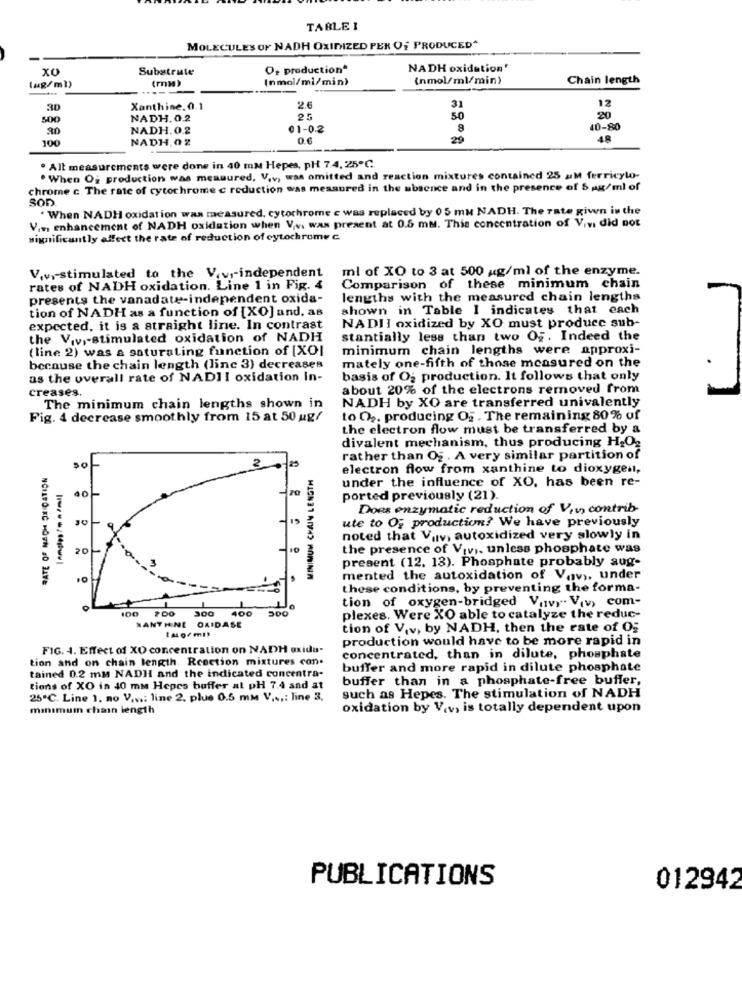
TABLE I
MOLECULES OF NADH OXIDIZED PER Of PRODUCED^
XO
Substrate
O, production*
NADH oxidation'
(mm)
(nmol/ml/min)
(nmol/ml/min)
Chain length
(ug/ml)
30
Xanthine. 0.1
2.6
31
12
500
NADH. 0.2
25
50
20
30
NADH.0.2
01-0.2
8
40-80
100
NADH, 02
0.6
29
48
. Alt measurements were done in 40 mm Hepes, pH 7.4, 25℃
. When Og production was measured. V.v, was omitted and reaction mixtures contained 25 aM ferricylo-
chrome c The rate of cytochrome c reduction was measured in the absence and in the presence of 5 g/ml of
.When NADH oxidation was measured, cytochrome c was replaced by 05 mu NADH. The rate giwn in the
V.w. enhancement of NADH oxidation when V.v. was present at 0.5 mm. This concentration of Vivi did not
significantly affect the rate of reduction of cytochrome c
ml of XO to 3 at 500 g/ml of the enzyme.
V.v .- stimulated to the V.vr-independent
rates of NADH oxidation. Line 1 in Fig. 4
Comparison of these minimum chain
presents the vanadate-independent oxida-
lengths with the measured chain lengths
tion of NADH as a function of [XO] and, as
shown in Table 1 indicates that each
expected, it is a straight line. In contrast
NADII oxidized by XO must produce sub-
the V.v .- stimulated oxidation of NADH
stantially less than two Og. Indeed the
(line 2) was a saturating function of [XOI
minimum chain lengths were approxi-
mately one-fifth of those measured on the
because the chain length (linc 3) decreases
as the overall rate of NADII oxidation in-
basis of O; production. It follows that only
creases.
about 20% of the electrons removed from
NADH by XO are transferred univalently
The minimum chain lengths shown in
Fig. 4 decrease smoothly from 15 at 50 ug/
to O2. producing OF . The remaining 80% of
the electron flow must be transferred by a
divalent mechanism, thus producing H2O2
rather than Og . A very similar partition of
2
MINIMUM CHAIN LENGTH
electron flow from xanthine to dioxygen,
under the influence of XO, has been re-
ported previously (21).
Does enzymatic reduction of Vin, contrib-
30
ute to O; production? We have previously
noted that Vav, autoxidized very slowly in
20
the presence of Viv ,. unless phosphate was
present (12. 13). Phosphate probably aug-
mented the autoxidation of Vav ,, under
NCIAPO KC MOIN 40 34Ve
these conditions, by preventing the forma-
tion of oxygen-bridged V,Ivy- V(v) com-
100
300
400
500
plexes, Were XO able to catalyze the reduc-
NANTHINE QAIDASE
IALOFm !!
tion of Viv, by NADH, then the rate of Og
production would have to be more rapid in
FIG. 4. Effect of XO concentration on NADH oxida.
tion and on chain length. Rcection mixtures con.
concentrated, than in dilute, phosphate
buffer and more rapid in dilute phosphate
tained 0.2 mm NADH and the indicated concentra-
buffer than in a phosphate-free buffer,
tions of XO in 40 mm Hepes buffer at pH 7.4 and at
25℃. Line 1. no V.v .: line 2. plus 0.5 mm V ...: line 3.
such as Hepes. The stimulation of NADH
manimum chain length
oxidation by V.v, is totally dependent upon
PUBLICATIONS
012942